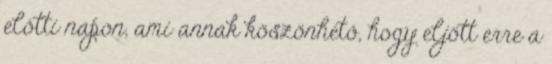
előtti napon, ami annak köszönhető, hogy eljött erre a